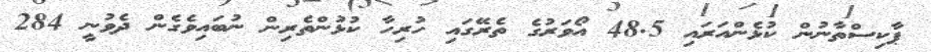
ޕާކިސްތާނުން ކުޅެންއަރައި 48.5 އޯވަރުގެ ތެރޭގައި ހުރިހާ ކުޅުންތެރިން ނުބައިވެގެން ދެވުނީ 284